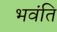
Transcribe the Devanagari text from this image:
भवंति